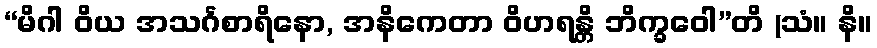
“မိဂါ ဝိယ အသင်္ဂစာရိနော, အနိကေတာ ဝိဟရန္တိ ဘိက္ခဝေါ”တိ (သံ။ နိ။